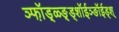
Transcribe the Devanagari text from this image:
ञ्फॉ़ड़्ळ्ङ़्ड्शॉईञ्ङॉईड्श्